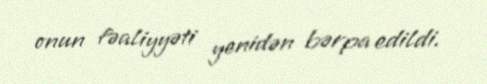
onun fəaliyyəti yenidən bərpa edildi.